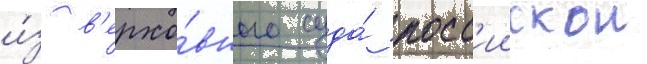
и́з в'ерхо́вного суда́ росс'иискои